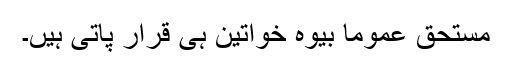
مستحق عموما بیوہ خواتین ہی قرار پاتی ہیں۔